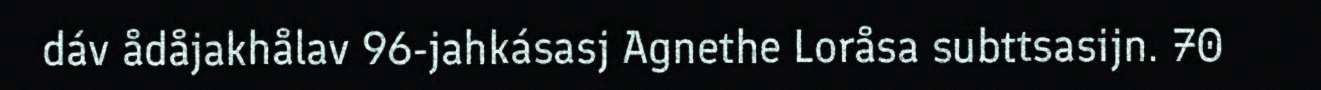
dáv ådåjakhålav 96-jahkásasj Agnethe Loråsa subttsasijn. 70